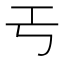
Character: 𢀔